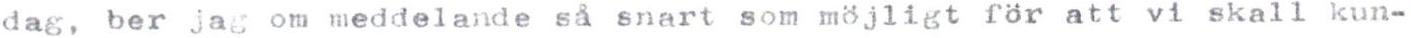
dag, ber jag om meddelande så snart som möjligt för att vi skall kun-